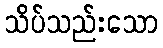
သိပ်သည်းသော